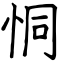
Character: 恫